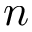
n